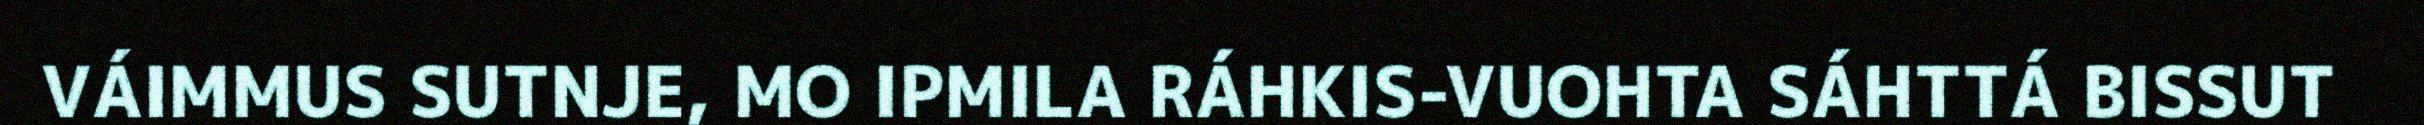
VÁIMMUS SUTNJE, MO IPMILA RÁHKIS-VUOHTA SÁHTTÁ BISSUT